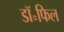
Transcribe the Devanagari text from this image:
डॉ॰फिल